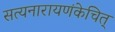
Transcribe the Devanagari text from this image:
सत्यनारायणंकेचित्